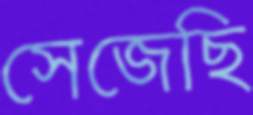
সেজেছি